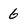
Character: 6